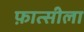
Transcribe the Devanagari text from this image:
फ़ात्सीला